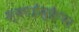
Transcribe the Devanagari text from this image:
स्काईस्क्रैपर